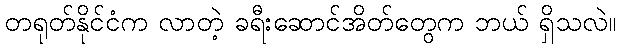
တရုတ်နိုင်ငံက လာတဲ့ ခရီးဆောင်အိတ်တွေက ဘယ် ရှိသလဲ။